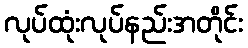
လုပ်ထုံးလုပ်နည်းအတိုင်း